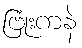
ဗြုံးကနဲ